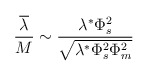
\begin{align*}\frac{\overline\lambda}{M} \sim \frac{\lambda^{*}\Phi_s^2}{\sqrt{\lambda^{*}\Phi^2_s\Phi_m^2}}\end{align*}